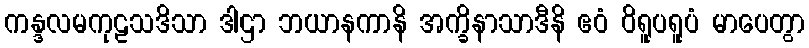
ကန္ဒလမကုဠသဒိသာ ဒါဌာ ဘယာနကာနိ အက္ခိနာသာဒီနိ ဧဝံ ဝိရူပရူပံ မာပေတွာ